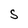
Character: S